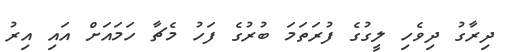
ދިރާގު ދިވެހި ލީގުގެ ފުރަތަމަ ބުރުގެ ފަހު މެޗާ ހަމައަށް އައި އިރު